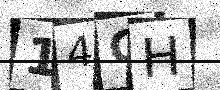
Text: 14CH